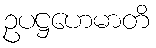
ဥပဋ္ဌဟေမာတိ